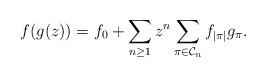
LaTeX: \begin{align*}f(g(z)) = f_0 + \sum_{n \geq 1} z^n \sum_{\pi \in \mathcal{C}_n} f_{\vert \pi \vert} g_{\pi}.\end{align*}